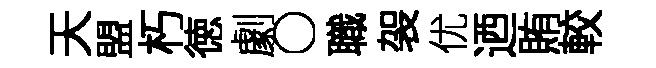
天盟朽徳劇〇職袈优迺賄較